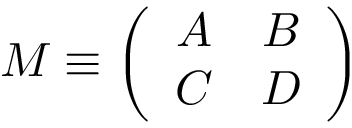
M \equiv \left( \begin{array} { c c } { { A } } & { { B } } \\ { { C } } & { { D } } \end{array} \right)